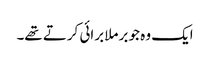
ایک وہ جو برملا برائی کرتے تھے۔